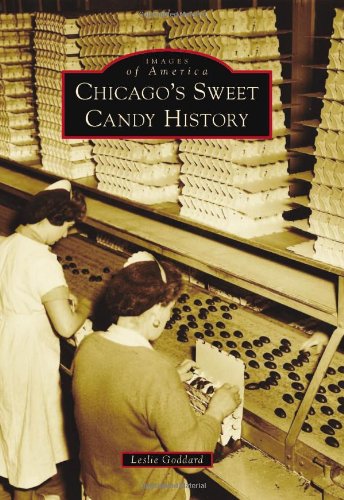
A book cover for Chicago's Sweet Candy History (Images of America); Leslie Goddard; Business & Money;